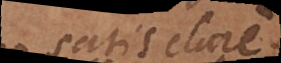
satis clare